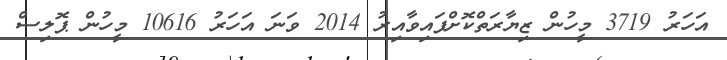
އަހަރު 3719 މީހުން ޒިޔާރަތްކޮށްފައިވާއިރު 2014 ވަނަ އަހަރު 10616 މީހުން ޕޮލިސް